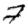
Digit: 7